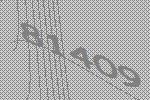
81409